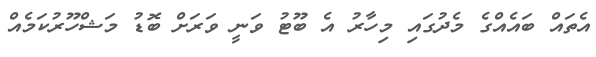
އެތައް ބައެއްގެ މެދުގައި މިހާރު އެ ބޫޓު ވަނީ ވަރަށް ބޮޑު މަޝްހޫރުކަމެއް